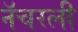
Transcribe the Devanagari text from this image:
नॅचरली